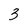
Character: 3